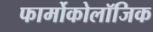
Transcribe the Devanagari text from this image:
फार्मोकोलॉजिक